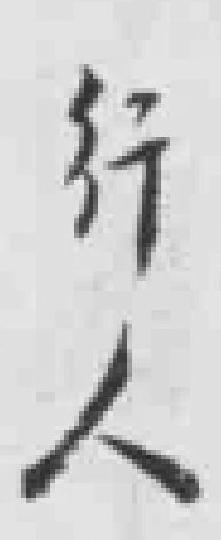
行人